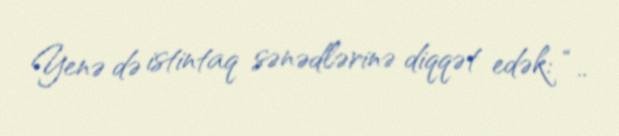
Yenə də istintaq sənədlərinə diqqət edək: “..